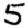
Digit: 5